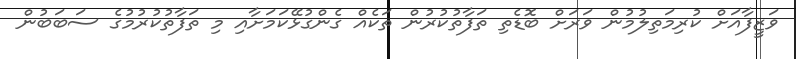
ވަޒީފާއަށް ކުރިމަތިލުމުން ވަރަށް ބޮޑެތި ތަފާތުކުރުން ތަކެއް ގެންގުޅޭކަމަށާއި މި ތަފާތުކުުރުމުގެ ސަބަބުން